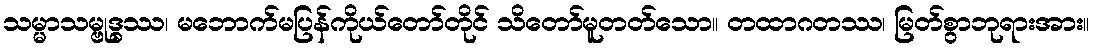
သမ္မာသမ္ဗုဒ္ဓဿ၊ မဘောက်မပြန်ကိုယ်တော်တိုင် သိတော်မူတတ်သော။ တထာဂတဿ၊ မြတ်စွာဘုရားအား။